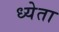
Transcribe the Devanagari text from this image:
ध्येता